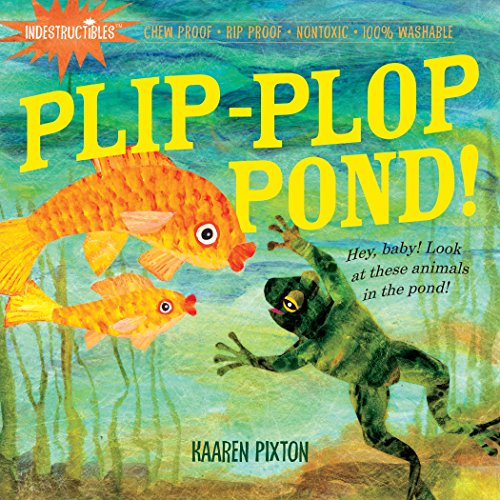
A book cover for Indestructibles: Plip-Plop Pond!; Kaaren Pixton; Children's Books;